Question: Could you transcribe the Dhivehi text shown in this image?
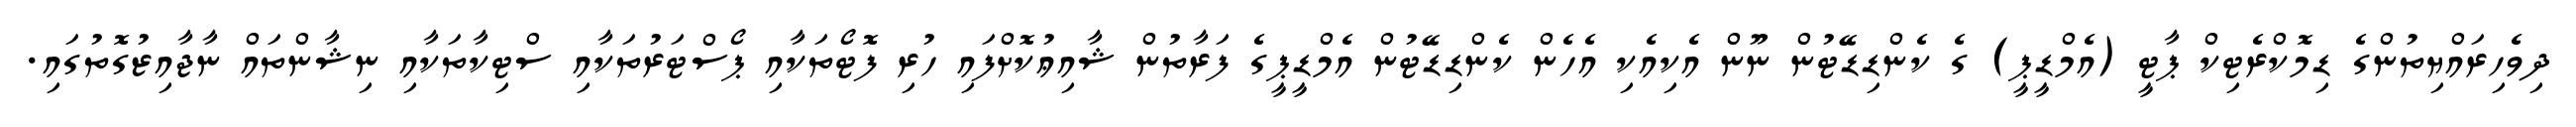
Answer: ދިވެހިރައްޔިތުންގެ ޑިމޮކްރެޓިކް ޕާޓީ (އެމްޑީޕީ) ގެ ކެންޑިޑޭޓުން ނޫން އެކިއެކި އެހެން ކެންޑިޑޭޓުން އެމްޑީޕީގެ ފަރާތުން ޝާއިޢުކޮށްފައި ހުރި ފޮޓޯތަކާއި ޕޯސްޓަރުތަކާއި ސްޓިކާތަކާއި ނިޝާންތައް ނާޖާއިޒުގޮތުގައި.